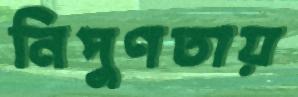
নিপুণতায়